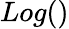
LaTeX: Log()